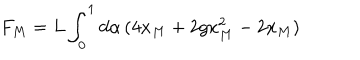
F _ { M } = L \int _ { 0 } ^ { 1 } d \alpha \, ( 4 x _ { M } + 2 g x _ { M } ^ { 2 } - 2 x _ { M } )